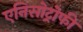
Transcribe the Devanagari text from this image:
एनिसोट्रोफी